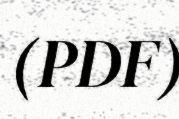
(PDF)